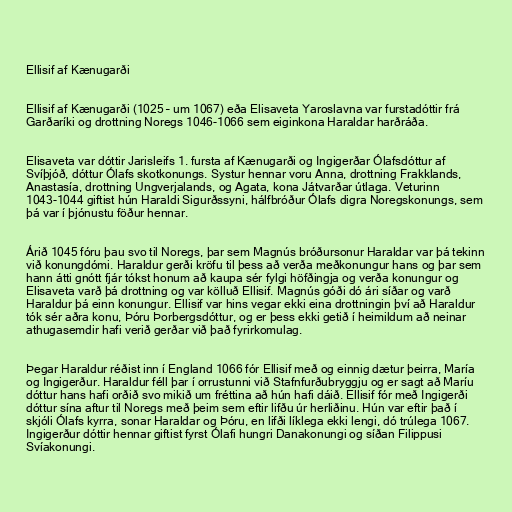
Ellisif af Kænugarði

Ellisif af Kænugarði (1025 – um 1067) eða Elisaveta Yaroslavna var furstadóttir frá
Garðaríki og drottning Noregs 1046-1066 sem eiginkona Haraldar harðráða.

Elisaveta var dóttir Jarisleifs 1. fursta af Kænugarði og Ingigerðar Ólafsdóttur af
Svíþjóð, dóttur Ólafs skotkonungs. Systur hennar voru Anna, drottning Frakklands,
Anastasía, drottning Ungverjalands, og Agata, kona Játvarðar útlaga. Veturinn
1043-1044 giftist hún Haraldi Sigurðssyni, hálfbróður Ólafs digra Noregskonungs, sem
þá var í þjónustu föður hennar.

Árið 1045 fóru þau svo til Noregs, þar sem Magnús bróðursonur Haraldar var þá tekinn
við konungdómi. Haraldur gerði kröfu til þess að verða meðkonungur hans og þar sem
hann átti gnótt fjár tókst honum að kaupa sér fylgi höfðingja og verða konungur og
Elisaveta varð þá drottning og var kölluð Ellisif. Magnús góði dó ári síðar og varð
Haraldur þá einn konungur. Ellisif var hins vegar ekki eina drottningin því að Haraldur
tók sér aðra konu, Þóru Þorbergsdóttur, og er þess ekki getið í heimildum að neinar
athugasemdir hafi verið gerðar við það fyrirkomulag.

Þegar Haraldur réðist inn í England 1066 fór Ellisif með og einnig dætur þeirra, María
og Ingigerður. Haraldur féll þar í orrustunni við Stafnfurðubryggju og er sagt að Maríu
dóttur hans hafi orðið svo mikið um fréttina að hún hafi dáið. Ellisif fór með Ingigerði
dóttur sína aftur til Noregs með þeim sem eftir lifðu úr herliðinu. Hún var eftir það í
skjóli Ólafs kyrra, sonar Haraldar og Þóru, en lifði líklega ekki lengi, dó trúlega 1067.
Ingigerður dóttir hennar giftist fyrst Ólafi hungri Danakonungi og síðan Filippusi
Svíakonungi.